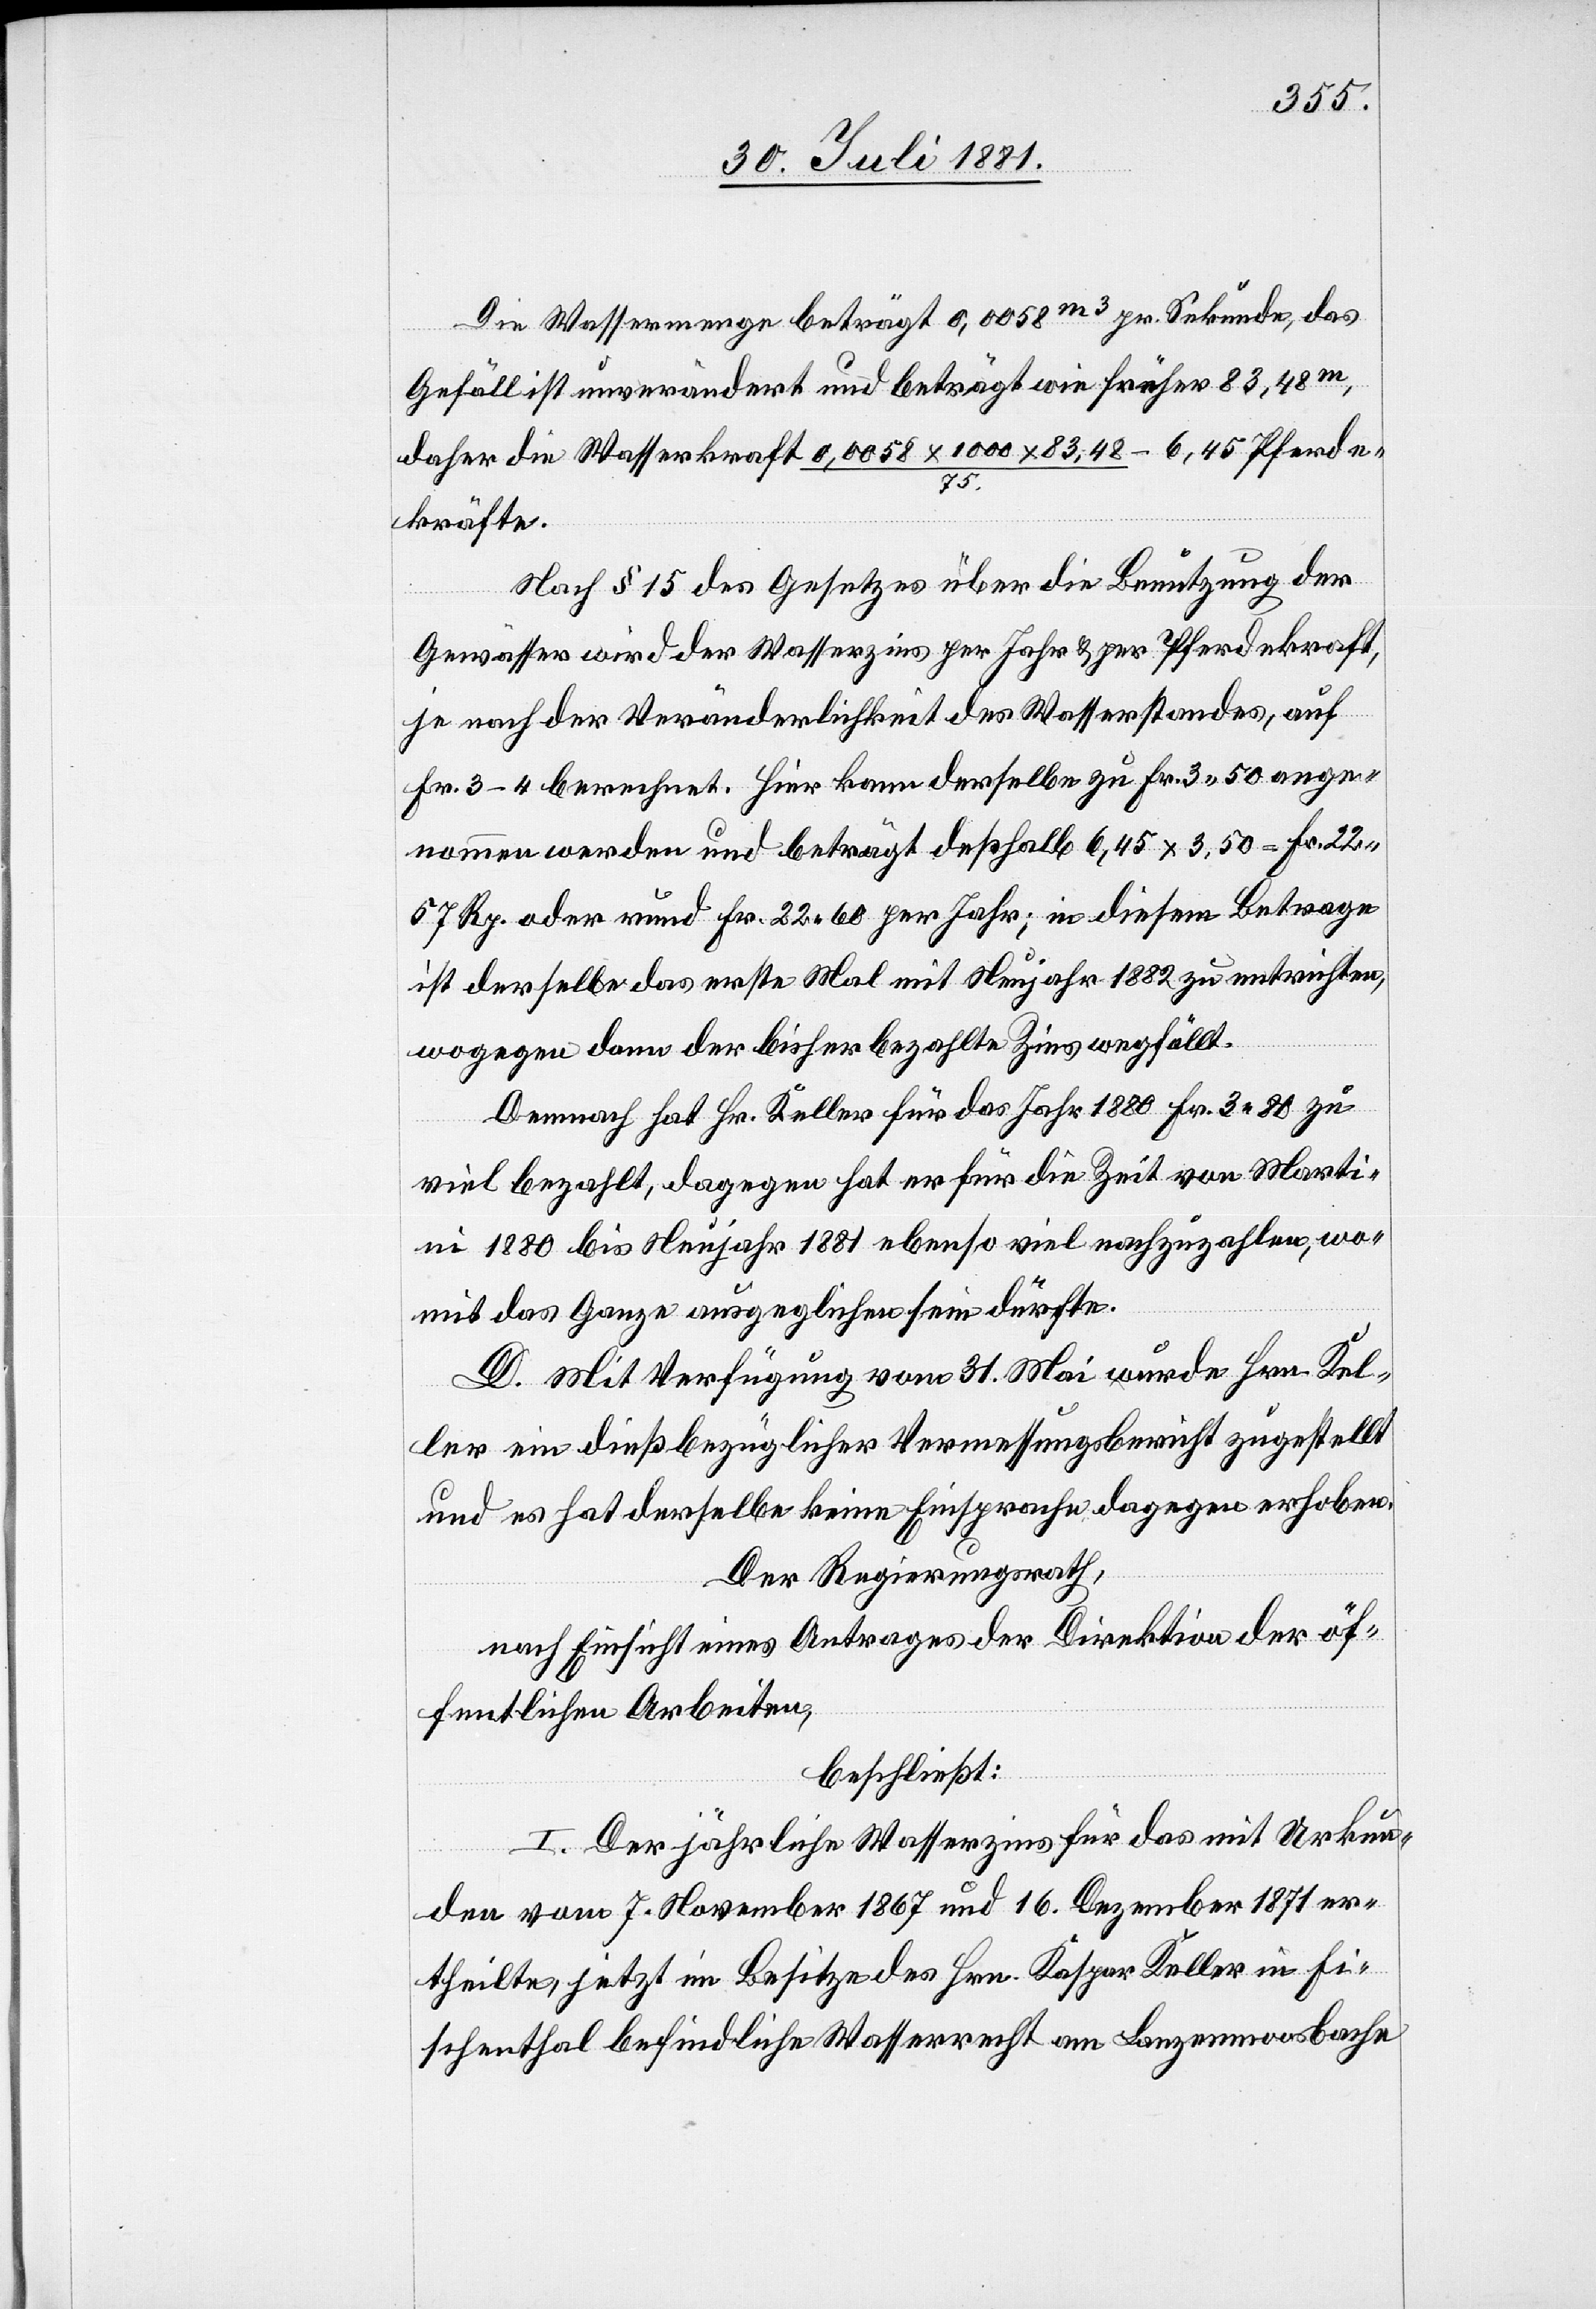
Die Wassermenge beträgt 0,0058m3 pr. Sekunde, das
Gefälle ist unverändert und beträgt wie früher 83,48m,
daher die Wasserkraft 0,0058 x 1000 x 83,48/75 – 6,45 Pferde¬
kräfte.
Nach § 15 des Gesetzes über die Benutzung der
Gewässer wird der Wasserzins per Jahr & per Pferdekraft,
je nach der Veränderlichkeit des Wasserstandes, auf
Fr. 3–4 berechnet. Hier kann derselbe zu Fr. 3 50 ange¬
nommen werden und beträgt deßhalb 6,45 x 3,50 = Fr. 22
57 Rp. oder rund Fr. 22 60 per Jahr; in diesem Betrage
ist derselbe das erste Mal mit Neujahr 1882 zu entrichten,
wogegen dann der bisher bezahlte Zins wegfällt.
Demnach hat Hr. Keller für das Jahr 1880 Fr. 3 80 zu
viel bezahlt, dagegen hat er für die Zeit von Marti¬
ni 1880 bis Neujahr 1881 ebenso viel nachzuzahlen, wo¬
mit das Ganze ausgeglichen sein dürfte.
D. Mit Verfügung vom 31. Mai wurde Hrn. Kel¬
ler ein dießbezüglicher Vermessungsbericht zugestellt
und es hat derselbe keine Einsprache dagegen erhoben.
Der Regierungsrath,
nach Einsicht eines Antrages der Direktion der öf¬
fentlichen Arbeiten,
beschließt:
I. Der jährliche Wasserzins für das mit Urkun¬
den vom 7. November 1867 und 16. Dezember 1871 er¬
theilte, jetzt im Besitze des Hrn. Kaspar Keller in Fi¬
schenthal befindliche Wasserrecht am Lanzenmoosbache